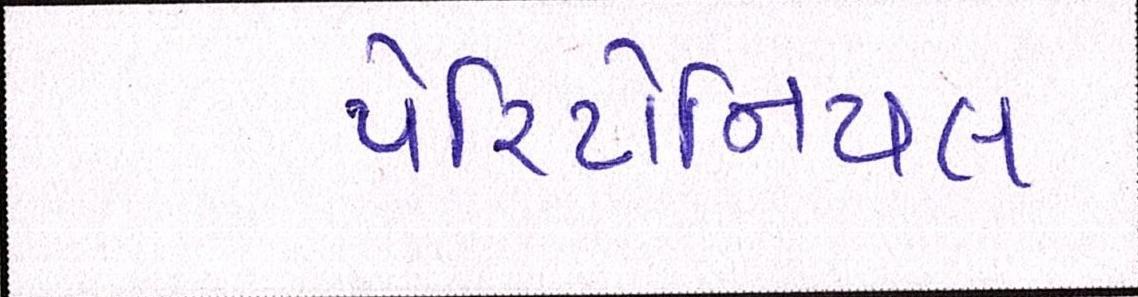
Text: પેરિટોનિયલ